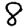
Digit: 8